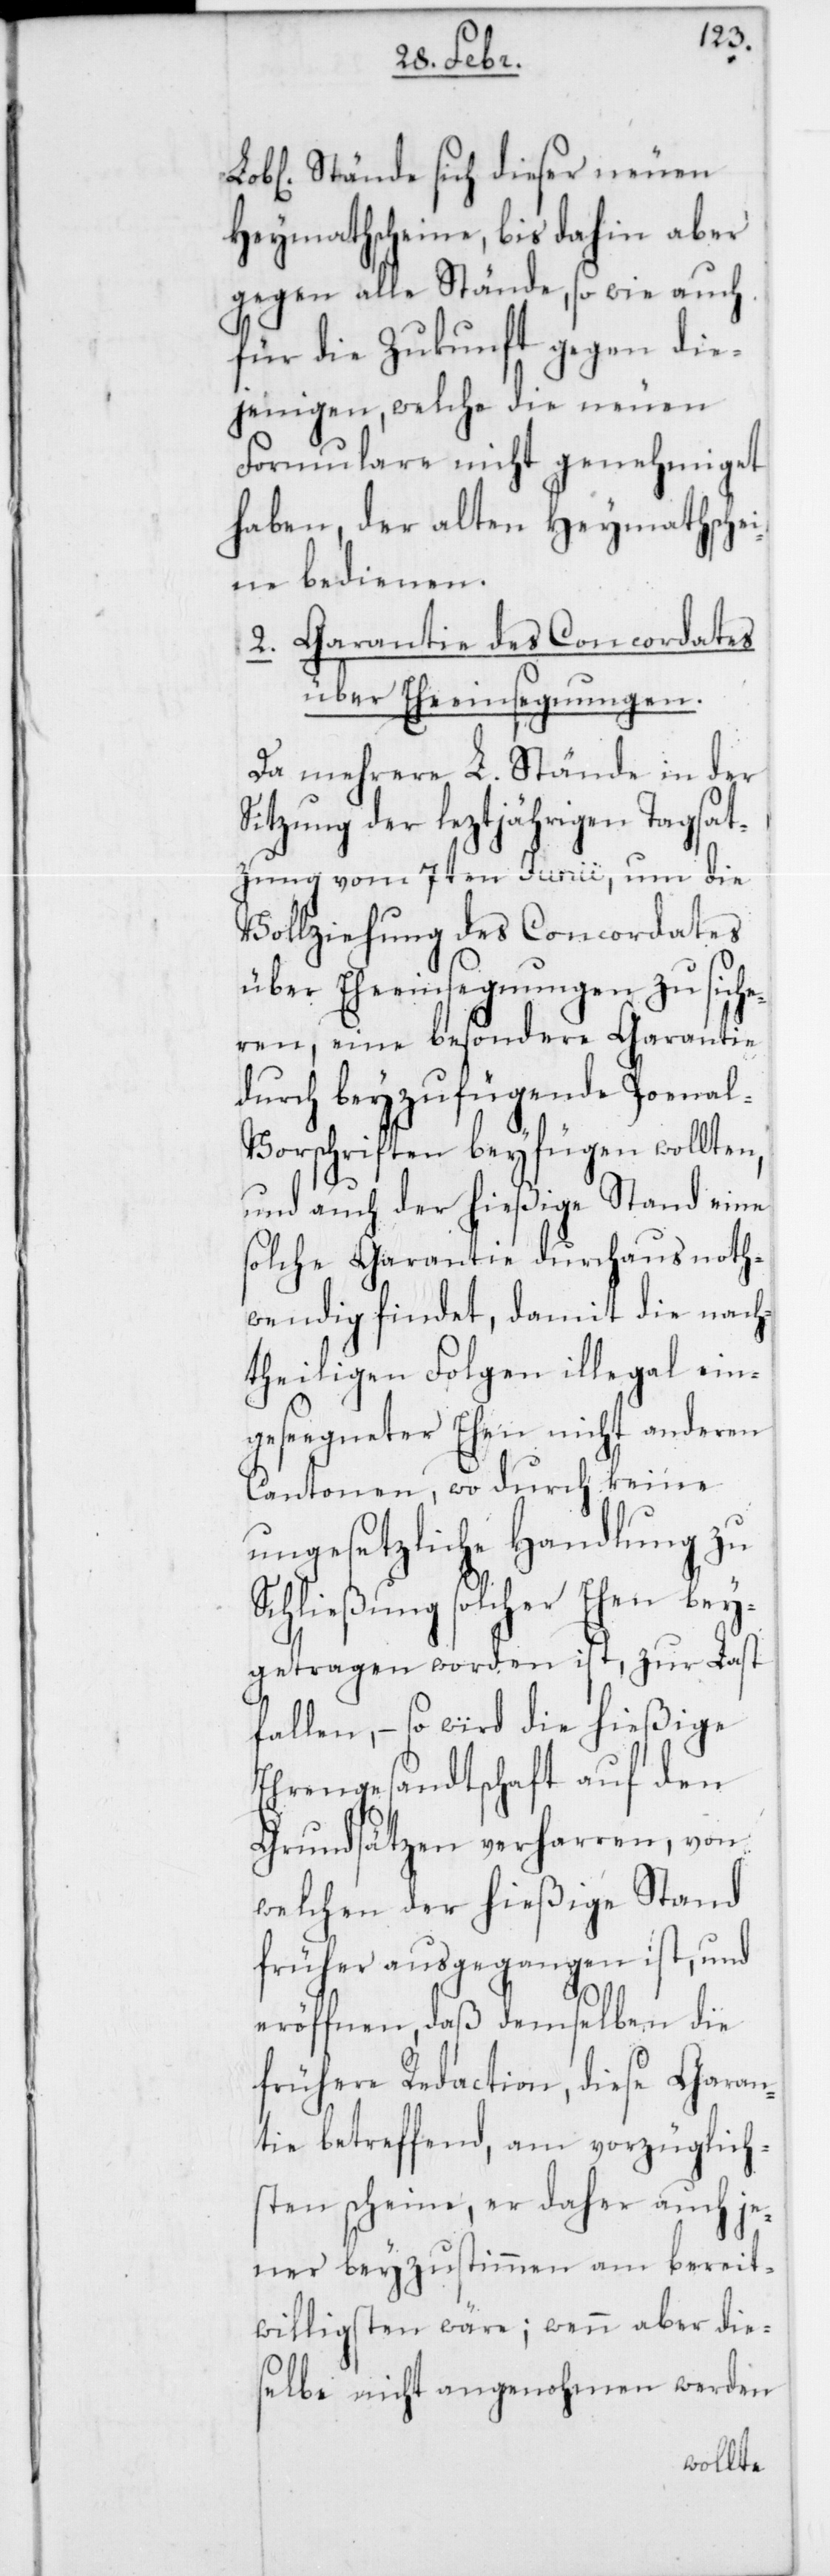
Stände sich dieser neuen
Heymathscheine, bis dahin aber
gegen alle Stände, so wie auch
für die Zukunft gegen die¬
jenigen, welche die neuen
Formulare nicht genehmiget
haben, der alten Heymathsche¬
ine bedienen.
2. Garantie des Concordates
über Eheeinsegnungen.
Da mehrere L. Stände in der
Sitzung der leztjährigen Tagsat¬
zung vom 7ten Junii, um die
Vollziehung des Concordates
über Eheeinsegnungen zu siche¬
ren, eine besondere Garantie
durch beyzufügende Poenal-V¬
orschriften beyfügen wollten,
und auch der hießige Stand eine
solche Garantie durchaus noth¬
wendig findet, damit die nach¬
theiligen Folgen illegal ein¬
geseegneter Ehen nicht anderen
Cantonen, wo durch keine
ungesetzliche Handlung zu
Schließung solcher Ehen bey¬
getragen worden ist, zur Last
fallen, – so wird die hießige
Ehrengesandtschaft auf den
Grundsätzen verharren, von
welchen der hießige Stand
früher ausgegangen ist, und
eröffnen, daß demselben die
frühere Redaction, diese Garan¬
tie betreffend, am vorzüglich¬
sten scheine, er daher auch je¬
ner beyzustimmen am bereit¬
willigsten wäre; wenn aber die¬
selbe nicht angenohmen werden